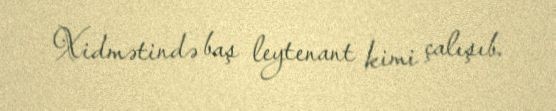
Xidmətində baş leytenant kimi çalışıb.